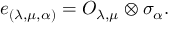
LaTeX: e _ { ( \lambda , \mu , \alpha ) } = O _ { \lambda , \mu } \otimes \sigma _ { \alpha } .